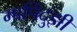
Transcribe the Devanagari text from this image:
मापिंदुझी